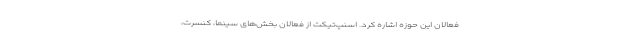
فعالان این حوزه اشاره کرد. اسنپ‌تیکت از فعالان بخش‌های سینما، کنسرت،